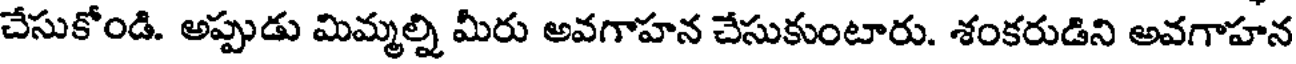
చేసుకోండి. అప్పుడు మిమ్మల్ని మీరు అవగాహన చేసుకుంటారు. శంకరుడిని అవగాహన